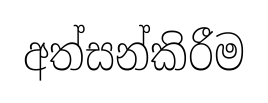
අත්සන්කිරීම